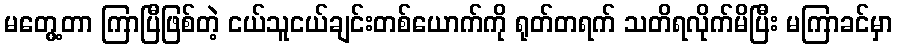
မတွေ့တာ ကြာပြီဖြစ်တဲ့ ငယ်သူငယ်ချင်းတစ်ယောက်ကို ရုတ်တရက် သတိရလိုက်မိပြီး မကြာခင်မှာ